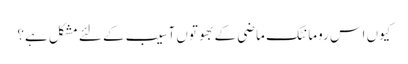
کیوں اس رومانٹک ماضی کے بھوتوں آسیب کے لئے مشکل ہے؟